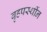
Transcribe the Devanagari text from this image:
बृहपर्स्थीन